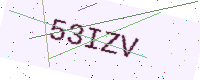
Text: 53IZV